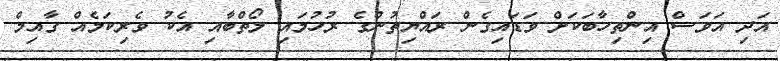
އަދި އަވަސް އިންތިހާބަކަށް ވަޑައިގެން ރައްޔިތުންގެ ރުހުމައި ލޯތްބާއި އެކު ވެރިކަމެއް ގާއިމް